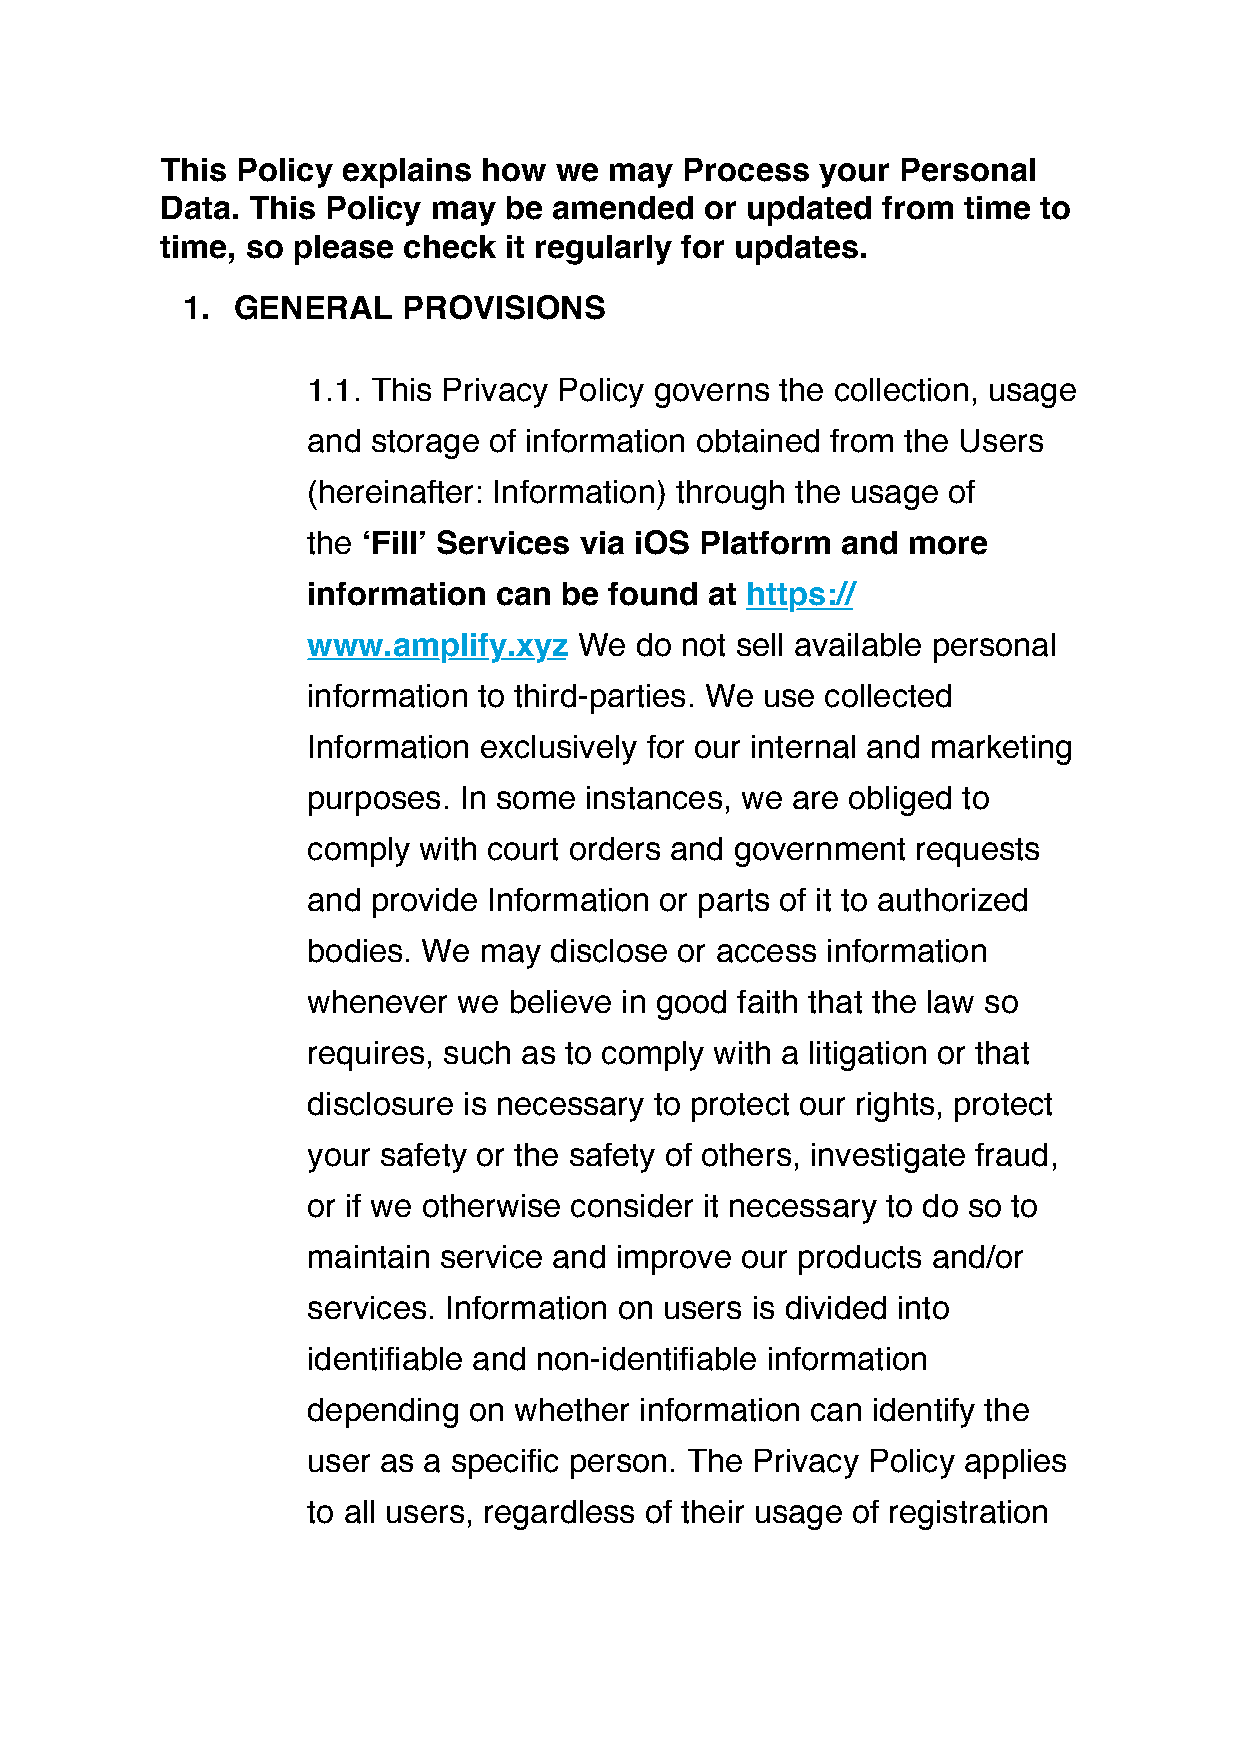
This Policy explains how  we may  Process  your Personal
 Data. This Policy may be  amended   or updated from  time to
 time, so please check it regularly for updates.
 1. GENERAL     PROVISIONS
 1.1. This Privacy Policy governs the collection, usage
 and  storage of information obtained from the Users
 (hereinafter: Information) through the usage of
 the ‘Fill’ Services via iOS Platform and more
 information  can be found  at https://
 www.amplify.xyz   We  do not sell available personal
 information to third-parties. We use collected
 Information exclusively for our internal and marketing
 purposes. In some  instances, we are obliged to
 comply  with court orders and government requests
 and  provide Information or parts of it to authorized
 bodies. We  may disclose or access information
 whenever  we  believe in good faith that the law so
 requires, such as to comply with a litigation or that
 disclosure is necessary to protect our rights, protect
 your safety or the safety of others, investigate fraud,
 or if we otherwise consider it necessary to do so to
 maintain service and improve our products and/or
 services. Information on users is divided into
 identifiable and non-identifiable information
 depending  on whether information can identify the
 user as a specific person. The Privacy Policy applies
 to all users, regardless of their usage of registration